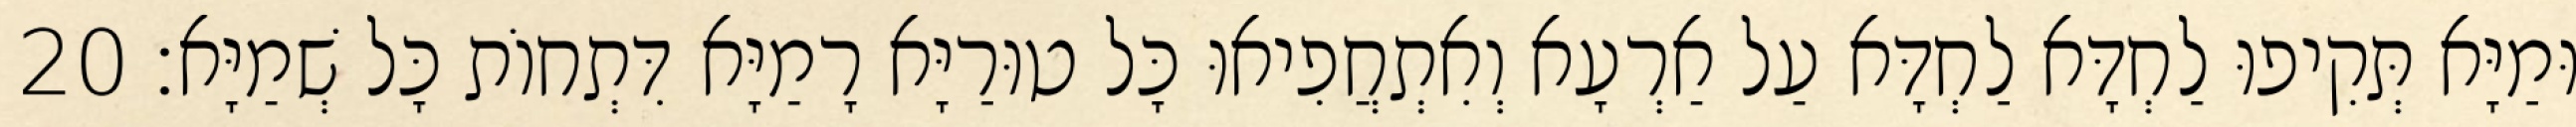
וּמַיָּא תְּקִיפוּ לַחְדָּא לַחְדָּא עַל אַרְעָא וְאִתְחֲפִיאוּ כָּל טוּרַיָּא רָמַיָּא דִּתְחוֹת כָּל שְׁמַיָּא׃ 20